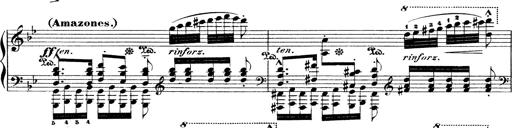
Title: Illustrations de l'opÃ©ra L'Africaine
Composer: Franz Liszt